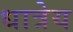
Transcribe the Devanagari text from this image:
धात्रेय